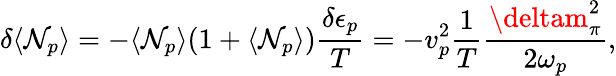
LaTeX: \delta\langle{\mathcal{N}_{p}}\rangle=-\langle{\mathcal{N}_{p}}\rangle(1+\langle{\mathcal{N}_{p}}\rangle){\frac{{\delta\epsilon_{p}}}{{T}}}=-{v}_{p}^{2}{\frac{{1}}{{T}}}{\frac{{\deltam_{\pi}^{2}}}{{2\omega_{p}}}},